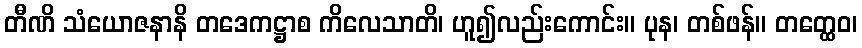
တီဏိ သံယောဇနာနိ တဒေကဋ္ဌာစ ကိလေသာတိ၊ ဟူ၍လည်းကောင်း။ ပုန၊ တစ်ဖန်။ တတ္ထေဝ၊